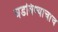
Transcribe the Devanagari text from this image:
घडविण्याचाच